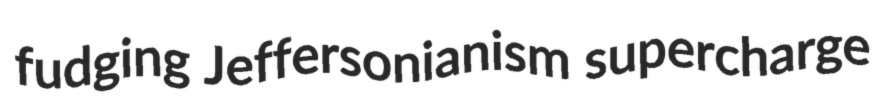
fudging Jeffersonianism supercharge